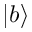
| b \rangle